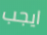
ايجب